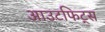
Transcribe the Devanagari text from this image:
आउटफिट्स